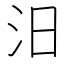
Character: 汨